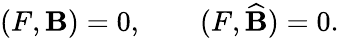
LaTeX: (F,\mathbf{B})=0,\qquad(F,\widehat{{\mathbf{B}}})=0.